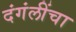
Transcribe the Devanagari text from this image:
दंगंलींचा